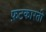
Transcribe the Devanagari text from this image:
फ़टकारती